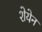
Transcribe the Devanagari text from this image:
शेयेन